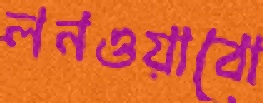
লনওয়াবো